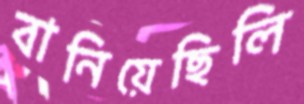
বানিয়েছিলি